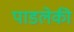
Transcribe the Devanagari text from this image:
पाडलेकी